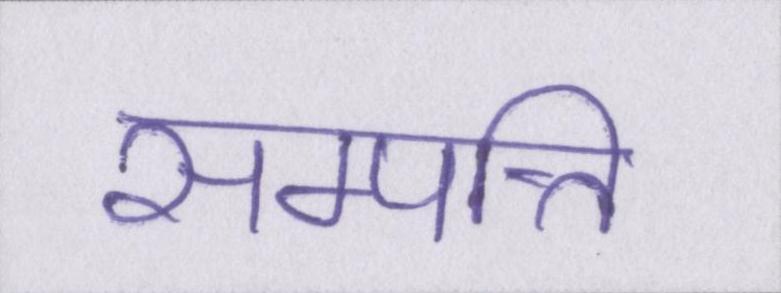
सम्पत्ति